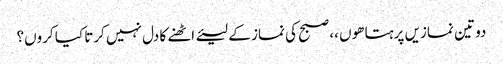
دو تین نمازیں پرہتا ھوں ،، صبح کی نماز کے لیئے اٹھنے کا دل نہیں کرتا کیا کروں؟